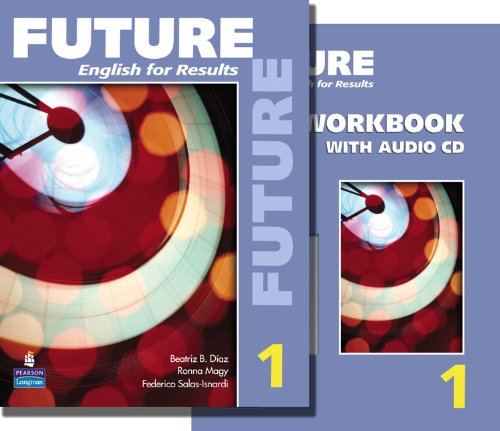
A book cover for Future 1 package: Student Book (with Practice Plus CD-ROM) and Workbook (Future English for Results); Sarah Lynn; Reference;